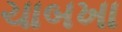
ચાબખા